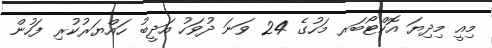
މިއީ މިދިޔަ އޮކްޓޯބަރ މަހުގެ 24 ވަނަ ދުވަހު އަދީބު ހައްޔަރުކުރި ފަހުން